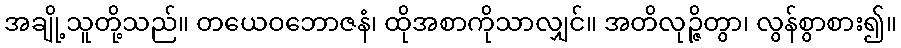
အချို့သူတို့သည်။ တယေဝဘောဇနံ၊ ထိုအစာကိုသာလျှင်။ အတိလုဉ္ဇိတွာ၊ လွန်စွာစား၍။